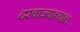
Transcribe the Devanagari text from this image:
दरवाज्याच्याच